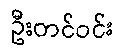
ဦးတင်ဝင်း